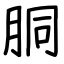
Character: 胴